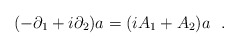
\begin{align*} (-\partial_{1}+i\partial_{2})a =(iA_{1}+A_{2})a~~.\end{align*}